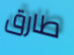
طارق